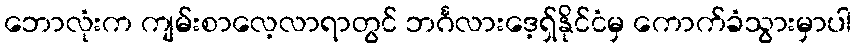
ဘောလုံးက ကျမ်းစာလေ့လာရာတွင် ဘင်္ဂလားဒေ့ရှ်နိုင်ငံမှ ကောက်ခံသွားမှာပါ